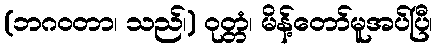
(ဘဂဝတာ၊ သည်၊) ဝုတ္တံ၊ မိန့်တော်မူအပ်ပြီ၊